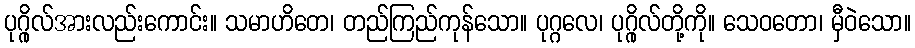
ပုဂ္ဂိုလ်အားလည်းကောင်း။ သမာဟိတေ၊ တည်ကြည်ကုန်သော။ ပုဂ္ဂလေ၊ ပုဂ္ဂိုလ်တို့ကို။ သေဝတော၊ မှီဝဲသော။